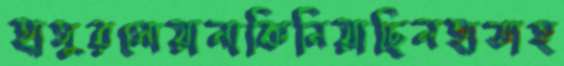
হাসুরসোয়ানাকিনিয়াছিলহাতাহ